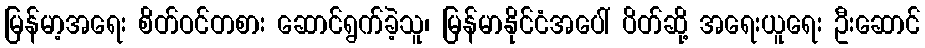
မြန်မာ့အရေး စိတ်ဝင်တစား ဆောင်ရွက်ခဲ့သူ၊ မြန်မာနိုင်ငံအပေါ် ပိတ်ဆို့ အရေးယူရေး ဦးဆောင်